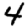
Digit: 4